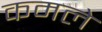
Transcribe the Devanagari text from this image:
कमले